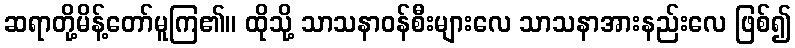
ဆရာတို့မိန့်တော်မူကြ၏။ ထိုသို့ သာသနာဝန်စီးများလေ သာသနာအားနည်းလေ ဖြစ်၍